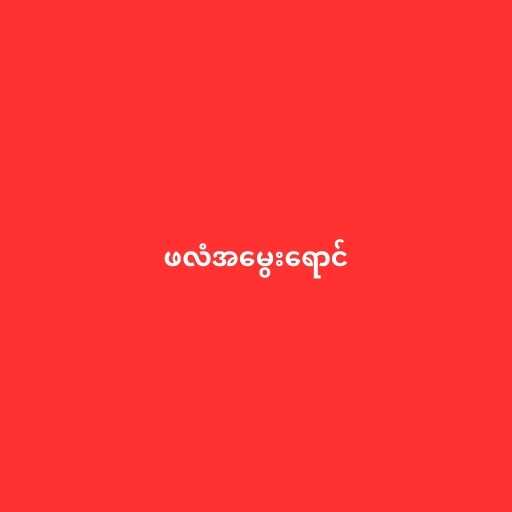
ဖလံအမွေးရောင်